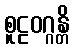
စူဠဝဂ္ဂန္တိ